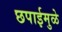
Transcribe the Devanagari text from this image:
छपाईमुळे